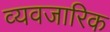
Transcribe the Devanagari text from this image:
व्यवजारिक